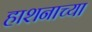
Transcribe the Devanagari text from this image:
हाशनाच्या